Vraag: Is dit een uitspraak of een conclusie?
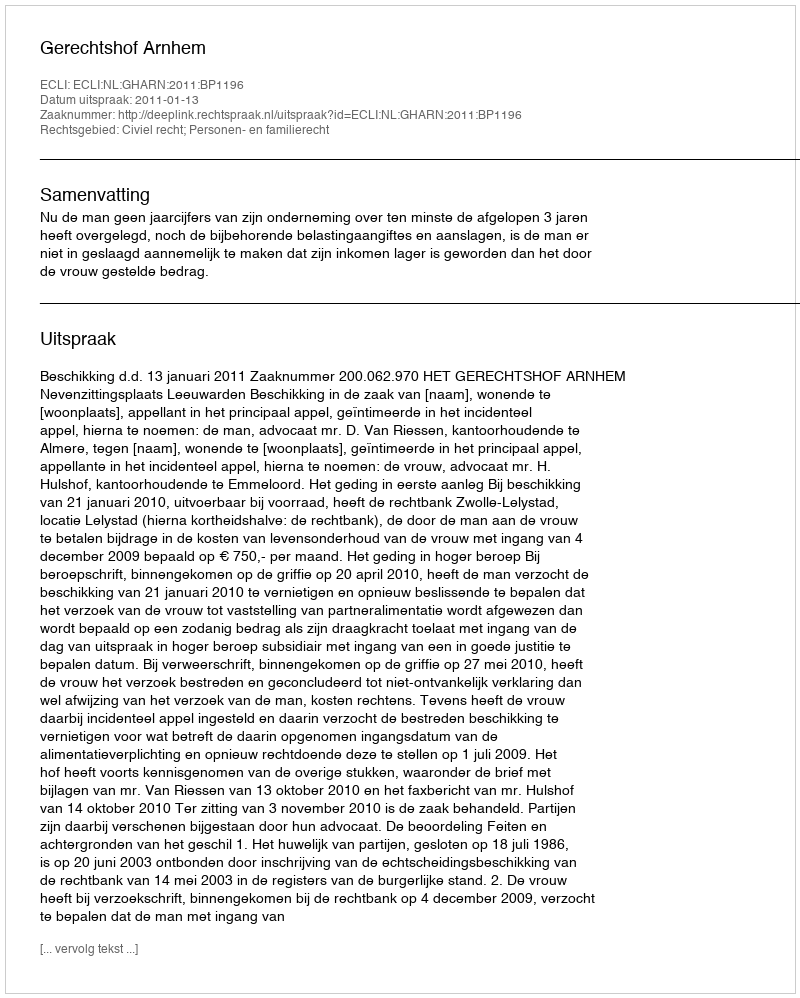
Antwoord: Uitspraak